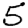
Digit: 5